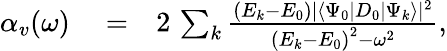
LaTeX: \begin{array}{rlr}{\alpha_{v}(\omega)}&{{}=}&{2\, \sum_{k}\frac{\left(E_{k}-E_{0}\right)|\langle\Psi_{0}|D_{0}|\Psi_{k}\rangle|^{2}}{\left(E_{k}-E_{0}\right)^{2}-\omega^{2}},}\end{array}